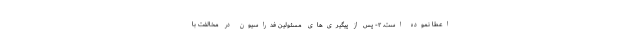
اعطا نموده است. ۲- پس از پیگیری‌های مسئولین فدراسیون در مخالفت با